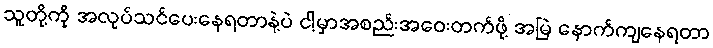
သူတို့ကို အလုပ်သင်ပေးနေရတာနဲ့ပဲ ငါ့မှာအစည်းအဝေးတက်ဖို့ အမြဲ နောက်ကျနေရတာ